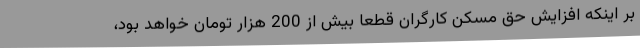
بر اینکه افزایش حق مسکن کارگران قطعا بیش از 200 هزار تومان خواهد بود،